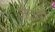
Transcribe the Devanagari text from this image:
जेठवी